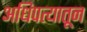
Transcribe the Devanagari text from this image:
अधिपत्यातून